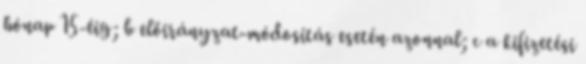
hónap 15-éig; b előirányzat-módosítás esetén azonnal; c a kifizetési